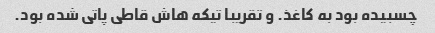
چسبیده بود به کاغذ. و تقریبا تیکه هاش قاطی پاتی شده بود.